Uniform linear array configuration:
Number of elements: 8
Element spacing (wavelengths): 1
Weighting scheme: cosine
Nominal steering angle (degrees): -30
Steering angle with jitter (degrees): -28.066
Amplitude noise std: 0.05
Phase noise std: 0.05

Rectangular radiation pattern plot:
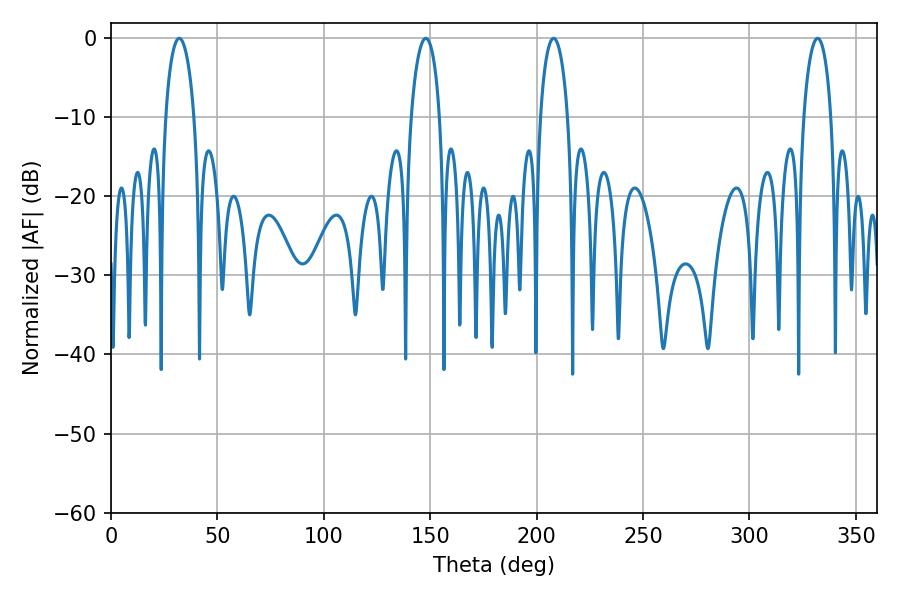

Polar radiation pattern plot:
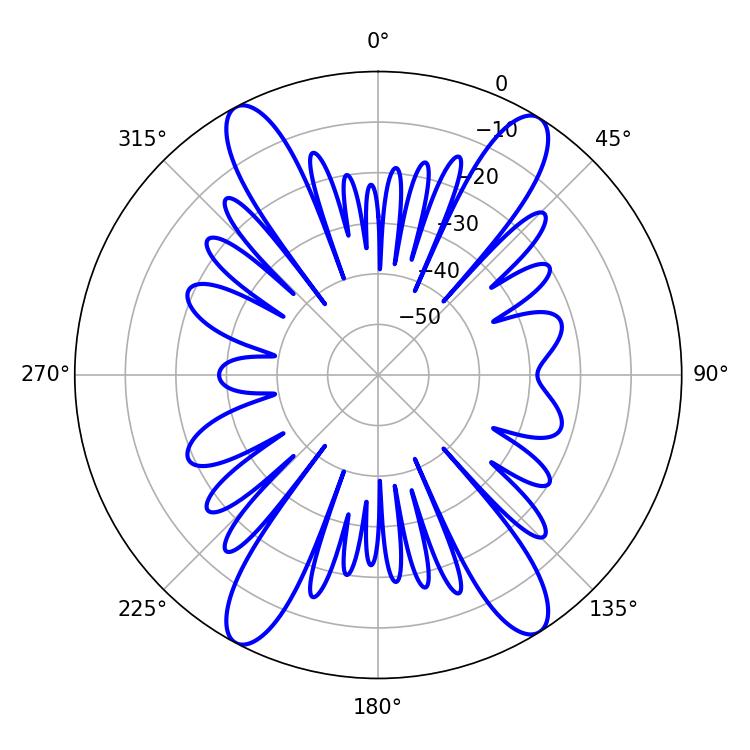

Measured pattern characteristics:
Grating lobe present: TRUE
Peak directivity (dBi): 19.644
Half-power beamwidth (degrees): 7.74
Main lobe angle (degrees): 32.04